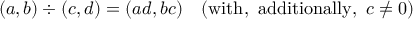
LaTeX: ( a , b ) \div ( c , d ) = ( a d , b c ) \quad ( { \mathrm { w i t h , ~ a d d i t i o n a l l y , ~ } } c \neq 0 )